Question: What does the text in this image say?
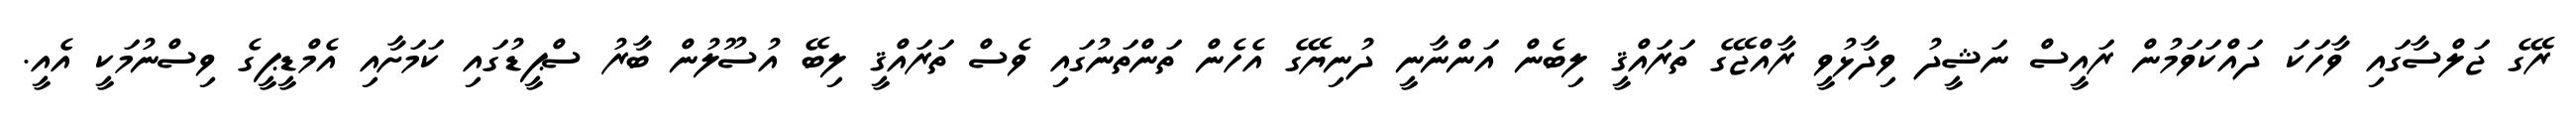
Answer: ރޭގެ ޖަލްސާގައި ވާހަކަ ދައްކަވަމުން ރައީސް ނަޝީދު ވިދާޅުވީ ރާއްޖޭގެ ތަރައްޤީ ލިބެން އަންނާނީ ދުނިޔޭގެ އެހެން ތަންތަނުގައި ވެސް ތަރައްޤީ ލިބޭ އުސޫލުން ބާރު ސްޕީޑުގައި ކަމަށާއި އެމްޑީޕީގެ ވިސްނުމަކީ އެއީ.